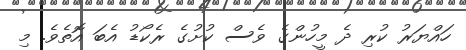
ހައްޔަރު ކުރި ދެ މީހުންގެ ވެސް ކުށުގެ ރެކޯޑު އެބަ އޮތެވެ. މި